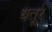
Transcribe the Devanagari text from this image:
धतूर